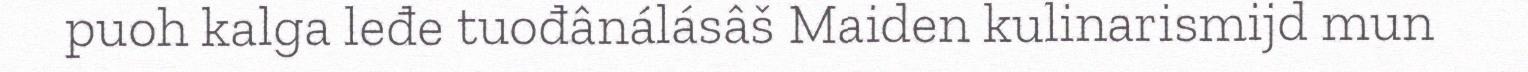
puoh kalga leđe tuođânálásâš Maiden kulinarismijd mun